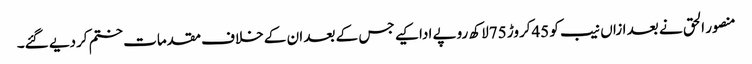
منصور الحق نے بعد ازاں نیب کو 45کروڑ 75لاکھ روپے ادا کیے جس کے بعد ان کے خلاف مقدمات ختم کردیے گئے۔